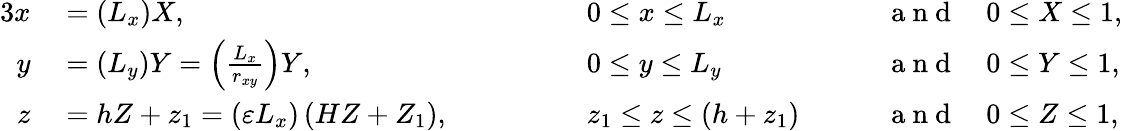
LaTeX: \begin{array}{rlrlrl}{{3}x}&{{}=\left(L_{x}\right)X,\quad\quad\quad}&{}&{{}0\leq x\leq L_{x}\quad}&{}&{{}\mathrm{~a~n~d~}\quad 0\leq X\leq 1,}\\ {y}&{{}=\left(L_{y}\right)Y=\left(\frac{L_{x}}{r_{xy}}\right)Y,\quad\quad\quad}&{}&{{}0\leq y\leq L_{y}\quad}&{}&{{}\mathrm{~a~n~d~}\quad 0\leq Y\leq 1,}\\ {z}&{{}=hZ+z_{1}=\left(\varepsilon L_{x}\right)\left(HZ+Z_{1}\right),\quad\quad\quad}&{}&{{}z_{1}\leq z\leq\left(h+z_{1}\right)\quad}&{}&{{}\mathrm{~a~n~d~}\quad 0\leq Z\leq 1,}\end{array}